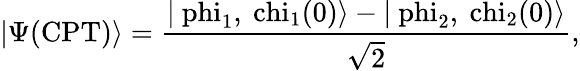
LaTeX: |\Psi(\mathrm{CPT)\rangle=\frac{|\ phi_{1},\ chi_{1}(0)\rangle-|\ phi_{2},\ chi_{2}(0)\rangle}{\sqrt{2}},}